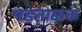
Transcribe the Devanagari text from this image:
पडताळक